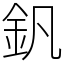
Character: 釩